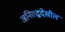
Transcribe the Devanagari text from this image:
अनिरुद्धदेखील